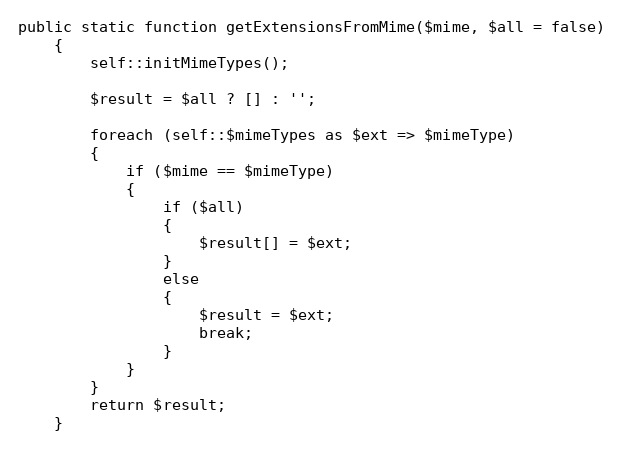
Language: PHP
public static function getExtensionsFromMime($mime, $all = false)
    {
        self::initMimeTypes();

        $result = $all ? [] : '';

        foreach (self::$mimeTypes as $ext => $mimeType)
        {
            if ($mime == $mimeType)
            {
                if ($all)
                {
                    $result[] = $ext;
                }
                else
                {
                    $result = $ext;
                    break;
                }
            }
        }
        return $result;
    }